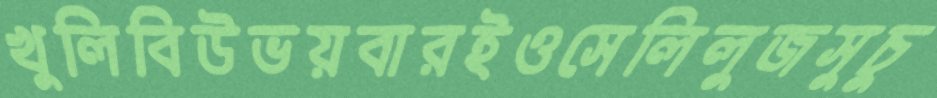
খুলিবিউভয়বারইওসেলিলুজসুচু